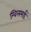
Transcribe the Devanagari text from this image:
ग्विलमर्ड